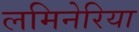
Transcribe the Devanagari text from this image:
लमिनेरिया